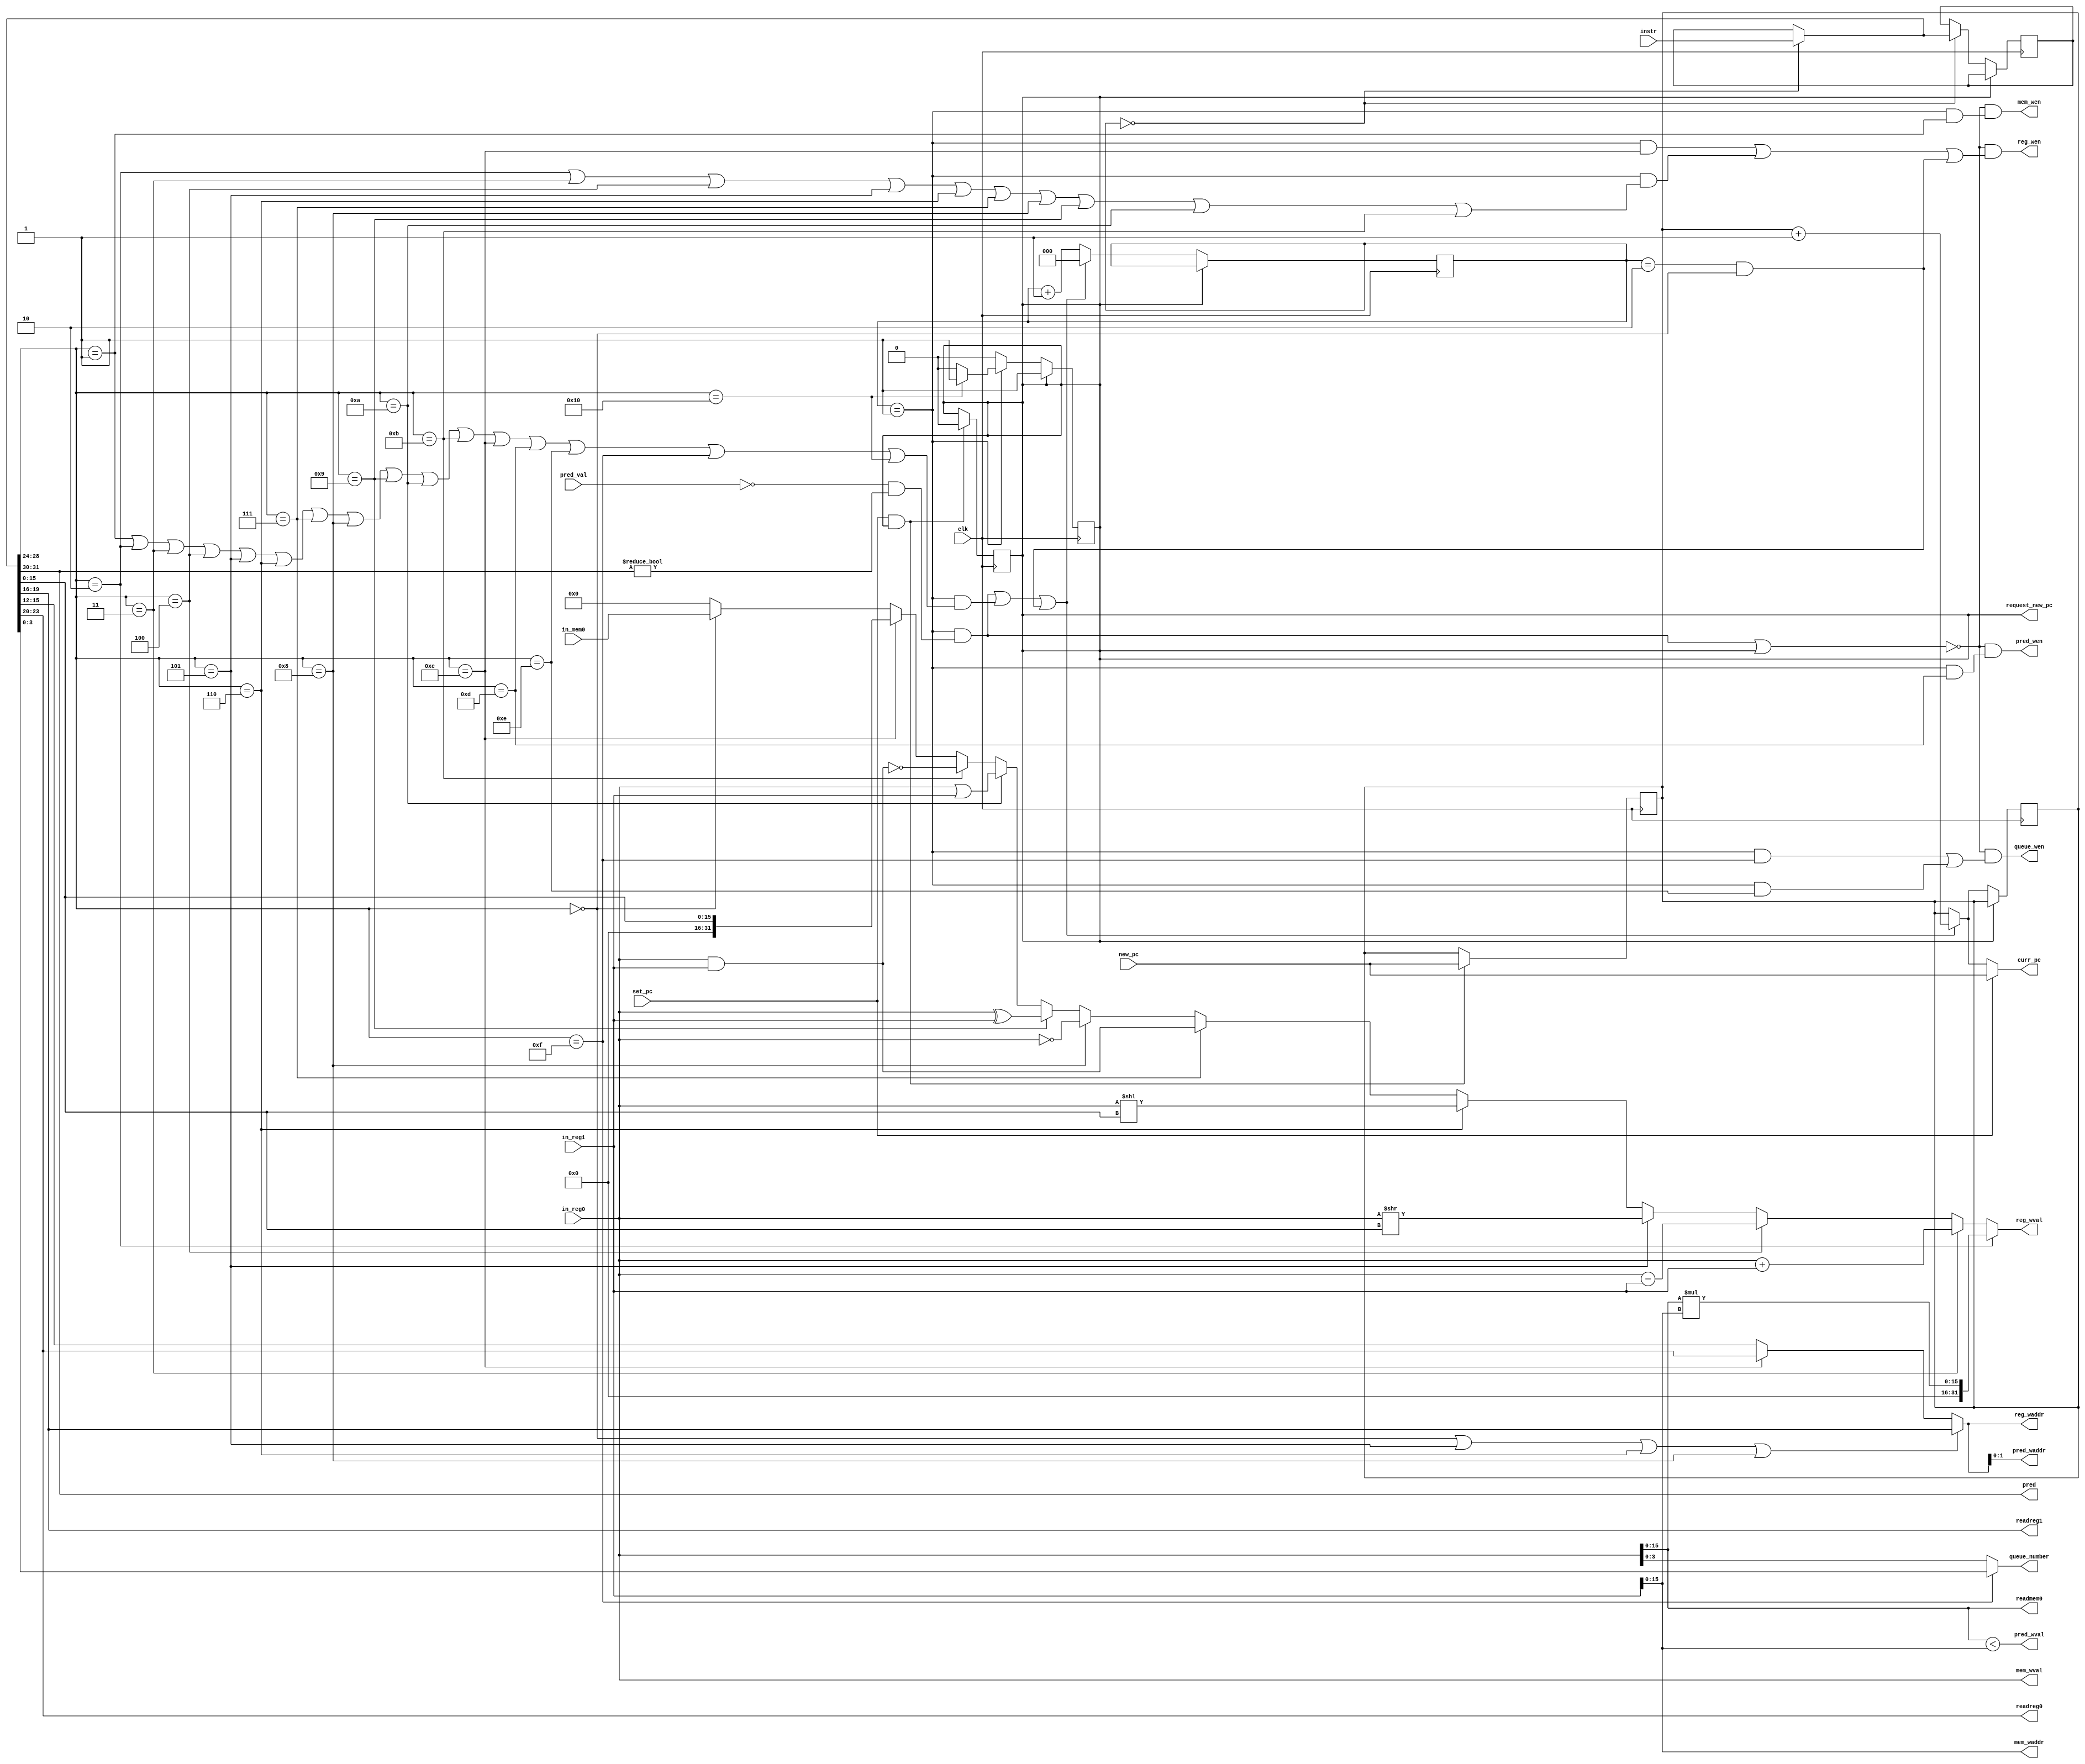
module processor(input            clk,
                 output [15:0] curr_pc, input [31:0] instr,
                 output [3:0]  readreg0, input signed [31:0] in_reg0,
                 output [3:0]  readreg1, input signed [31:0] in_reg1,
                 output        reg_wen, output [3:0] reg_waddr, output [31:0] reg_wval,
                 output [1:0]  pred, input pred_val,
                 output        pred_wen, output [1:0] pred_waddr, output pred_wval,
                 output [15:0] readmem0, input [31:0] in_mem0,
                 output        mem_wen, output [15:0] mem_waddr, output [31:0] mem_wval,
                 output        queue_wen, output[3:0] queue_number,
                 output        request_new_pc, input set_pc, input[15:0] new_pc);

   reg                         request_new_pc_ = 1;
   assign request_new_pc = request_new_pc_;

   // PC stuff
   reg [15:0]                  pc;
   initial request_new_pc_ = 1;

   assign curr_pc = (set_pc ? new_pc : continue_on ? pc + 1 : pc);
   always @(posedge clk) begin
      if (set_pc && request_new_pc) begin
         pc <= new_pc;
         request_new_pc_ <= 0;
      end
   end

   reg [2:0] stage = 0;
   reg [31:0] saved_ins;

   // Instruction Decoding
   wire [31:0] ins = stage == 0 ? instr : saved_ins;
   assign pred = ins[31:30];
   wire        optype = ins[29];
   wire [4:0]  opcode = ins[28:24];
   assign readreg0 = ins[23:20];
   assign readreg1 = ins[19:16];
   wire [3:0]  tgtreg = (opcode == 0 || opcode == 5 || opcode == 6 || opcode == 8) ? ins[19:16] :
               (opcode == 12) ? ins[23:20] : ins[15:12];
   wire [15:0] constant = ins[15:0];

   wire        dont_write = (stage == 1 && (pred_val == 0 && pred != 0)) || request_new_pc;
   wire        continue_on = (stage == 1 && (pred_val == 0 && pred != 0)) ||
               (stage == 1 && (opcode == 1 || opcode == 2 || opcode == 3 || opcode == 4 || opcode == 5 || opcode == 6 || opcode == 7 || opcode == 8 || opcode == 9 || opcode == 10 || opcode == 11 || opcode == 12 || opcode == 13 || opcode == 14 || opcode == 15 || opcode == 16)) ||
               (stage == 2 && (opcode == 0));

   // Memory
   assign readmem0 = in_reg0[15:0];
   assign mem_wen = !dont_write && (stage == 1 && opcode == 1);
   assign mem_waddr = in_reg1[15:0];
   assign mem_wval = in_reg0;

   // Queue
   assign queue_wen = !dont_write && ((stage == 1 && opcode == 15) || (stage == 1 && opcode == 14));
   assign queue_number = opcode == 15 ? constant[3:0] : in_reg0[3:0];

   // Predicate writing
   assign pred_wen = !dont_write && (stage == 1 && opcode == 13);
   assign pred_waddr = tgtreg[1:0];
   assign pred_wval = in_reg0_tmp < in_reg1_tmp;
   wire signed [15:0] in_reg0_tmp = in_reg0[15:0];
   wire signed [15:0] in_reg1_tmp = in_reg1[15:0];
   wire signed [15:0] mult = in_reg0_tmp * in_reg1_tmp;

   // Register writing
   assign reg_wen = !dont_write && ((stage == 1 && opcode == 12) || (stage == 1 && (opcode == 2 || opcode == 3 || opcode == 4 || opcode == 5 || opcode == 6 || opcode == 7 || opcode == 8 || opcode == 9 || opcode == 10 || opcode == 11)) || (stage == 2 && (opcode == 0)));
   assign reg_waddr = tgtreg;
   assign reg_wval = opcode == 2 ? ({{16{1'b0}}, mult}) :
                     opcode == 3 ? (in_reg0 + in_reg1) :
                     opcode == 4 ? (in_reg0 - in_reg1) :
                     opcode == 5 ? (in_reg0 >> constant) :
                     opcode == 6 ? (in_reg0 << constant) :
                     opcode == 7 ? (in_reg0 & in_reg1) :
                     opcode == 8 ? (~in_reg0) :
                     opcode == 9 ? (in_reg0 ^ in_reg1) :
                     opcode == 10 ? (in_reg0 | in_reg1) :
                     opcode == 11 ? (~(in_reg0 & in_reg1)) :
                     opcode == 12 ? ({{16{1'b0}}, constant}) :
                     opcode == 0 ? in_mem0 : 0;

   // Stages
   always @(posedge clk) begin
      if (!request_new_pc) begin
         if (stage == 0) begin
            saved_ins <= ins;
         end
         if (stage == 1) begin
            if (opcode == 16) begin
               request_new_pc_ <= 1;
            end
         end
         if (continue_on) begin
            pc <= pc + 1;
            stage <= 0;
         end
         else begin
            stage <= stage + 1;
         end
      end
   end

endmodule